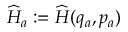
{ \widehat { H } _ { a } : = \widehat { H } ( q _ { a } , p _ { a } ) }